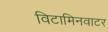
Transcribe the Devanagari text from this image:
विटामिनवाटर